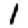
Digit: 1